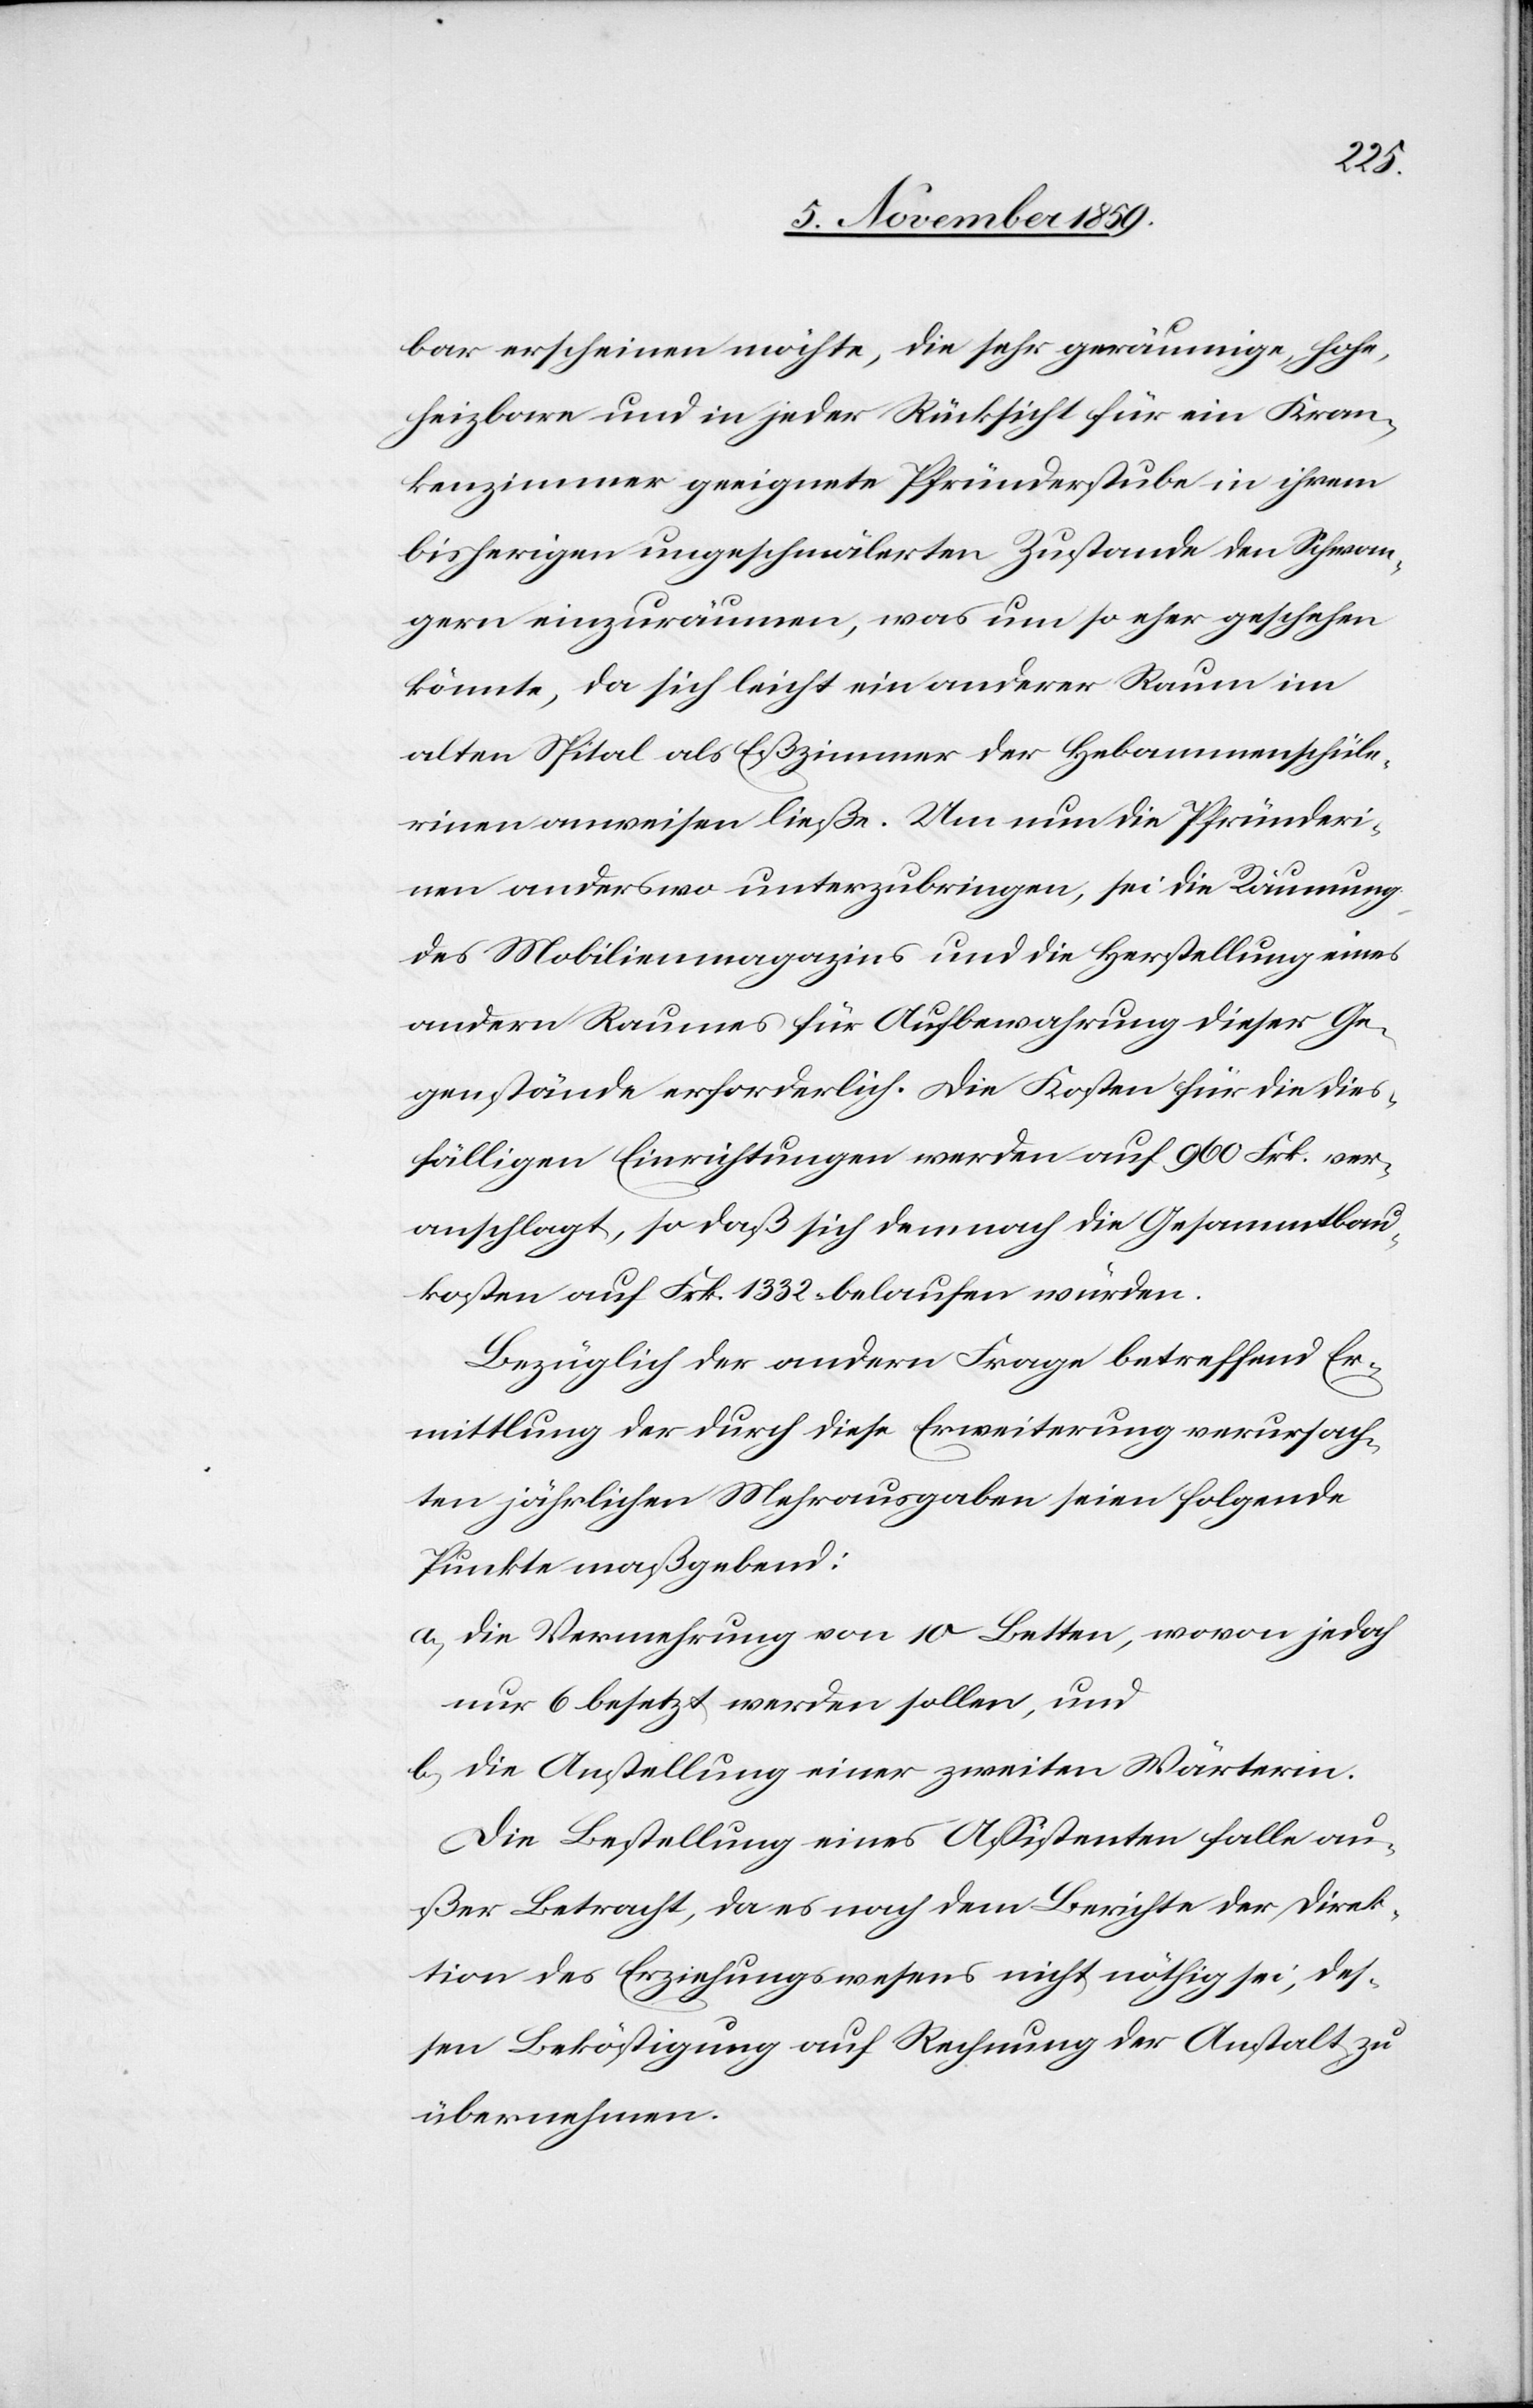
bar erscheinen möchte, die sehr geräumige, hohe,
heizbare und in jeder Rücksicht für ein Kran¬
kenzimmer geeignete Pfründerstube in ihrem
bisherigen ungeschmälerten Zustande den Schwan¬
gern einzuräumen, was um so eher geschehen
könnte, da sich leicht ein anderer Raum im
alten Spital als Eßzimmer der Hebammenschüle¬
rinen anweisen ließe. Um nun die Pfründeri¬
nen anderswo unterzubringen, sei die Räumung
des Mobilienmagazins und die Herstellung eines
andern Raumes für Aufbewahrung dieser Ge¬
genstände erforderlich. Die Kosten für die dies¬
fälligen Einrichtungen würden auf 960 Frk. ver¬
anschlagt, so daß sich demnach die Gesamtbau¬
kosten auf Frk. 1332 belaufen würden.
Bezüglich der andern Frage betreffend Er¬
mittlung der durch diese Erweiterung verursach¬
ten jährlichen Mehrausgaben seien folgende
Punkte maßgebend:
a) die Vermehrung von 10 Betten, wovon jedoch
nur 6 besetzt werden sollen, und
b) die Anstellung einer zweiten Wärterin.
Die Bestellung eines Assistenten falle au¬
ßer Betracht, da es nach dem Berichte der Direk¬
tion des Erziehungswesens nicht nöthig sei, des¬
sen Beköstigung auf Rechnung der Anstalt zu
übernehmen.